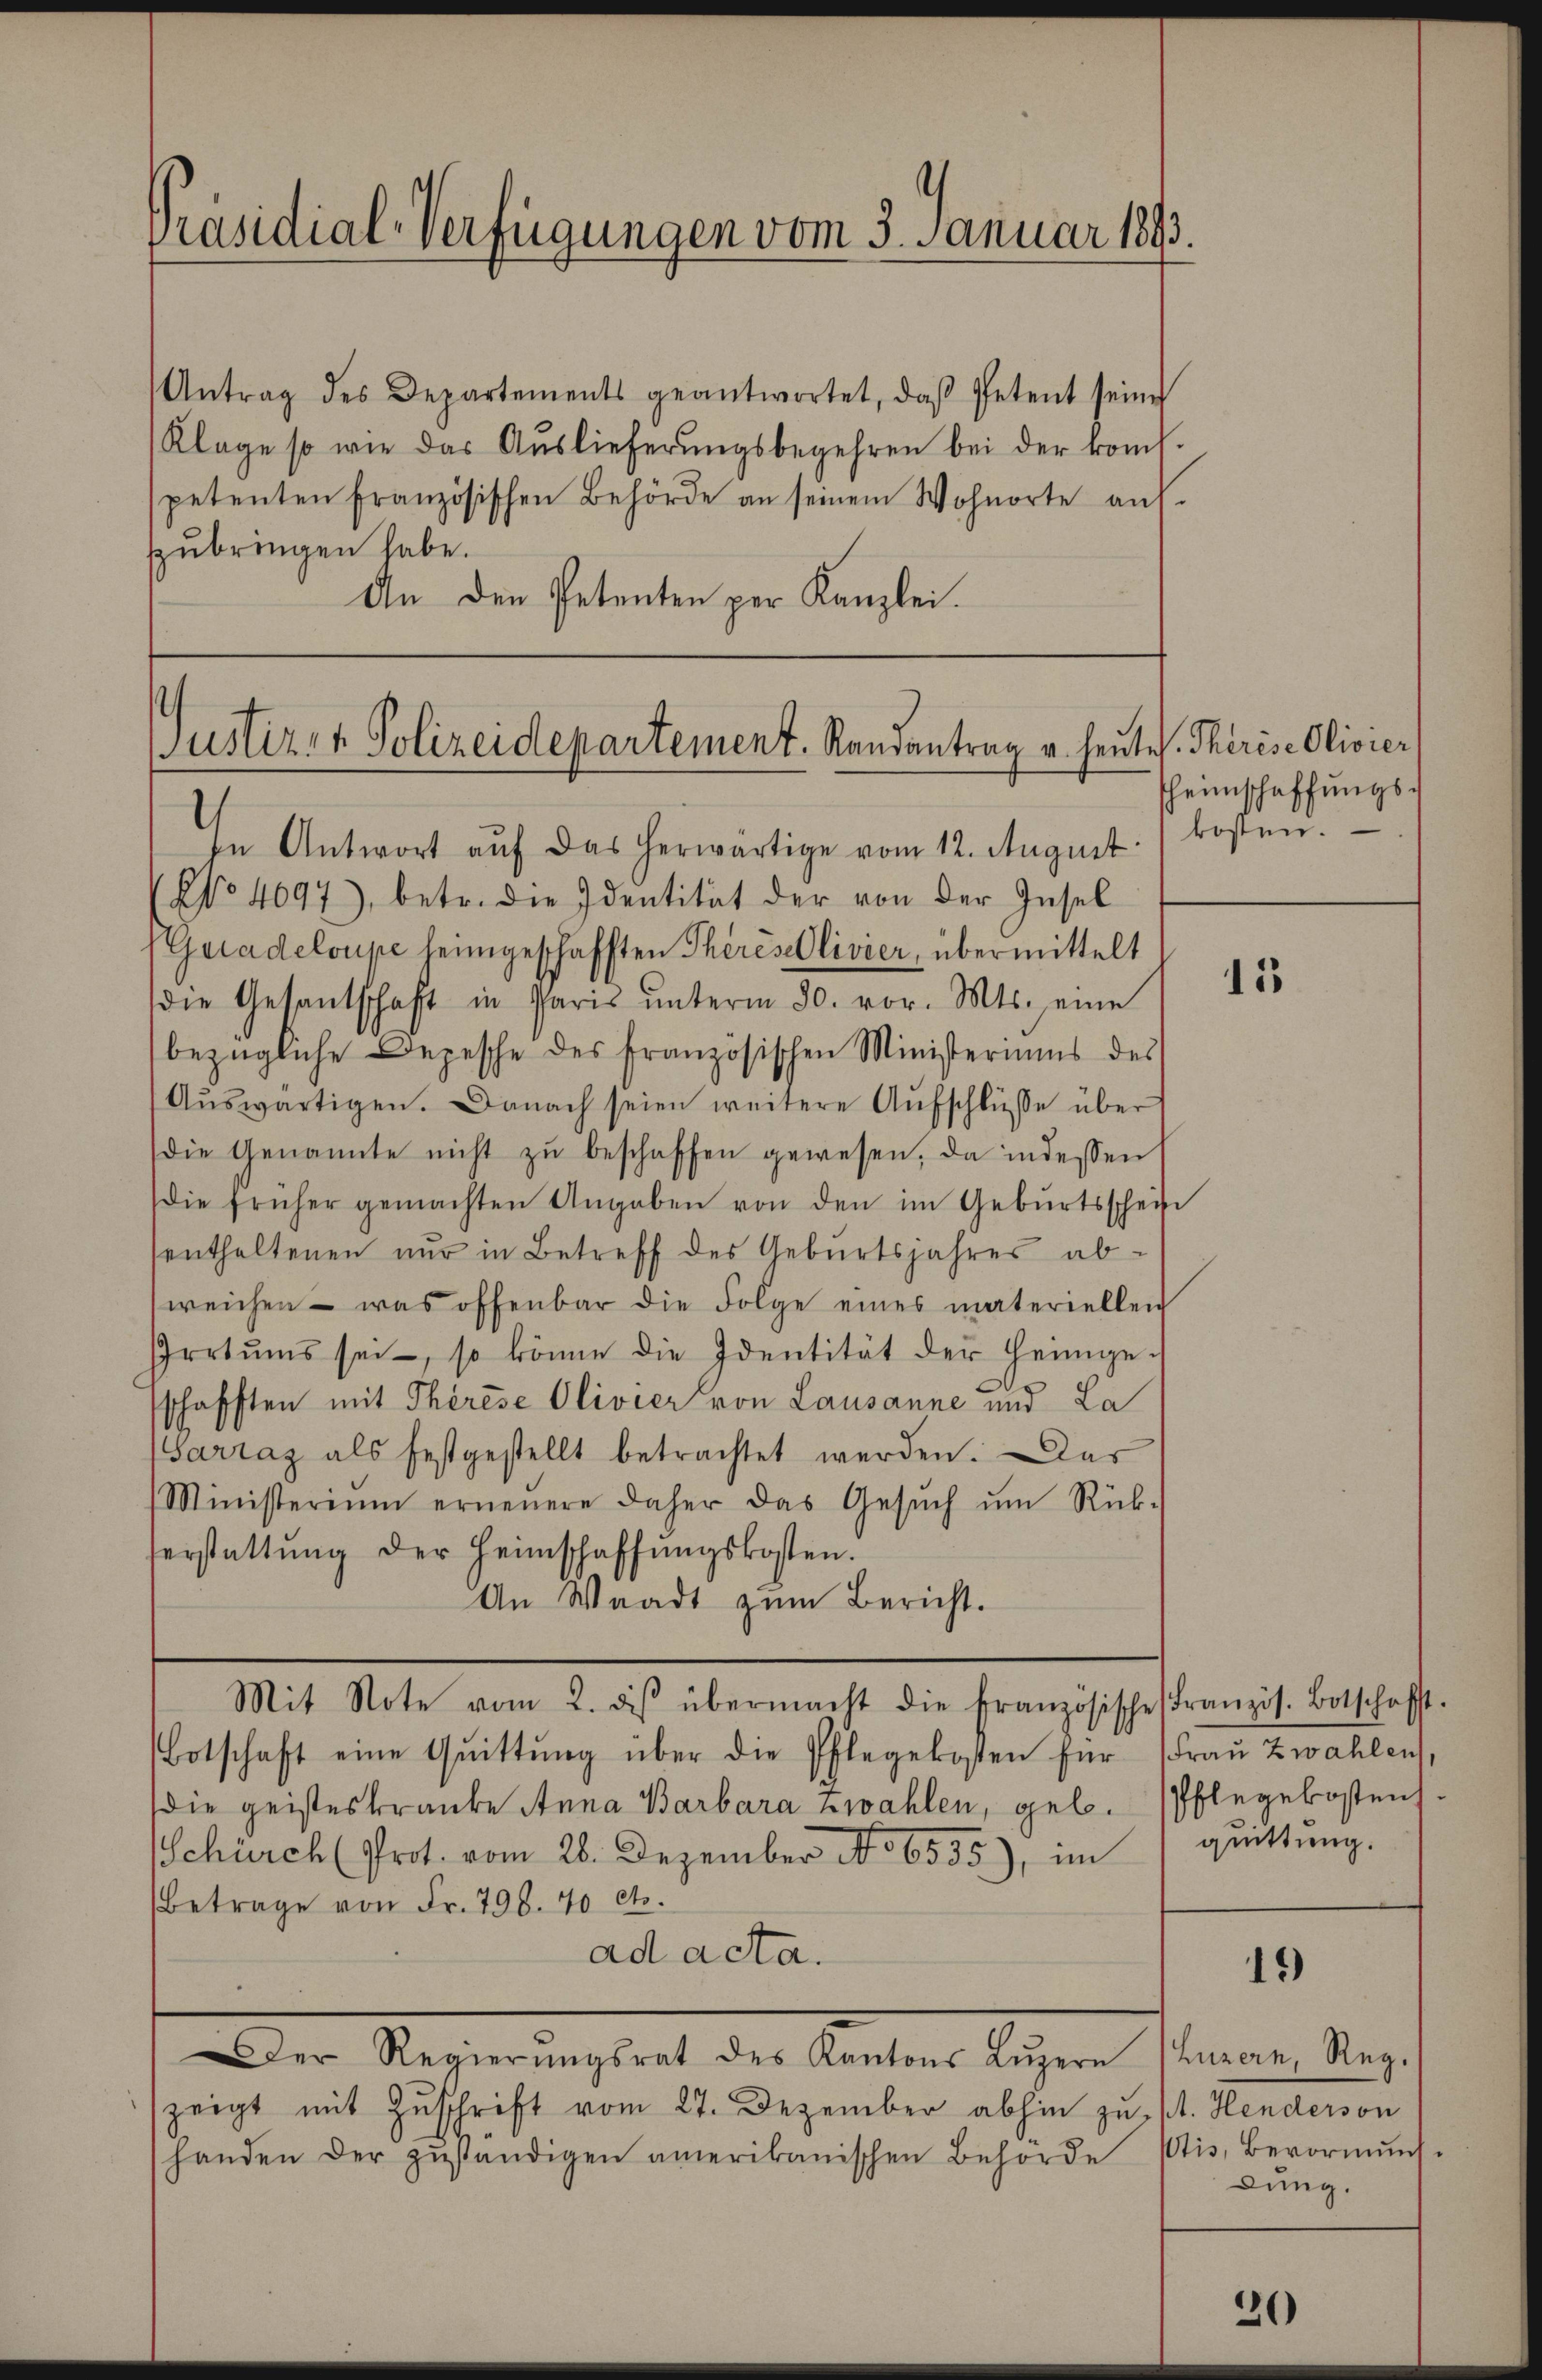
Antrag des Departements geantwortet, daβ Petent seine
Klage so wie das Auslieferungsbegehren bei der kom-
spetenten Französischen Behörde an seinem Wohnorte auf.
szubringen habe.
An den Petenten per Kanzlei.

Präsidial-Verfügungen vom 5. Januar 1893.

Justiz- & Polizeidepartement. Randantrag u. heutes. Therise Olivier

No 4097), betr. die Identität der von der Insel
Geradeloupe heimgeschafften Theresellivier, übermittelt
die Gesantschaft in Paris ŭnterm 30. vor. Mts. eine
bezügliche Depesche des französischen Ministeriums des
Aŭswärtigen. Danach seien weitere Aŭfschlüsse über
die Genannte nicht zŭ beschaffen gewesen, da indessen
die früher gemachten Angaben von den im Gebŭrtsschei
senthaltenen nur in Betreff des Geburtsjahres abweichen - was offenbar die Folge eines materiellen
Irrtums sei, so könne die Identität der Heimgeschafften mit Therese Olivier von Lausanne und La
Sarraz als festgestellt betrachtet werden. Das
Ministerium erneuere daher das Gesŭch ŭm Rück-
serstattŭng der Heimschaffŭngskosten.
An Waadt zum Bericht.
Mit Note vom 2. des übermacht die französische Französ. Botschafft.
Botschaft eine Quittŭng über die Pflegekosten für Fraŭ Zwahlen,
die geisteskranke Anna Barbara Zwahlen, geb. Pflegekostens¬
Schürch (Prot. vom 28. Dezember No 6535), im quittung.
Betrage von Fr. 798. 70 cts.
ad acta.
Der Regierŭngsrat des Kantons Lŭzern (Luzern, Reg.
zeigt mit Zuschrift vom 27. Dezember abhin zu, M. Henderson
handen der zŭständigen amerikanischen Behörde Wis, Bevormŭns-

In Antwort aŭf das herwärtige vom 12. August. / kosten.

Theinschaffungs¬

15

19)

dung.

20